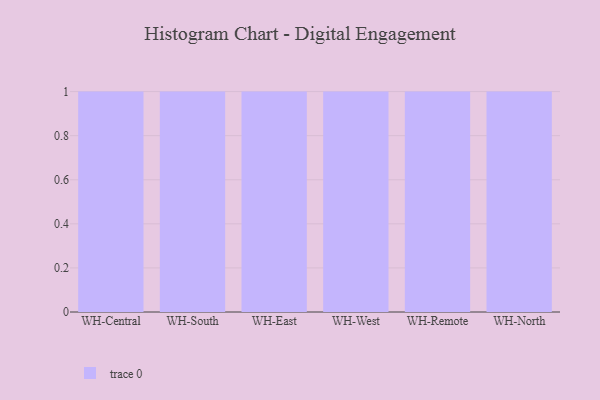
{"axis": {"x": "Warehouse", "y": "Inventory Turnover"}, "legend": [""], "data": [{"x": "WH-Central", "y": 69, "type": ""}, {"x": "WH-South", "y": 68, "type": ""}, {"x": "WH-East", "y": 15, "type": ""}, {"x": "WH-West", "y": 64, "type": ""}, {"x": "WH-Remote", "y": 9, "type": ""}, {"x": "WH-North", "y": 1, "type": ""}]}